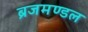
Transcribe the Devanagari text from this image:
ब्रजमण्डल